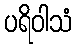
ပရိဝါသံ